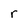
Character: r